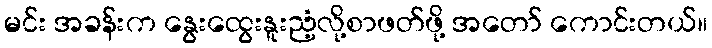
မင်း အခန်းက နွေးထွေးနူးညံ့လို့စာဖတ်ဖို့ အတော် ကောင်းတယ်။